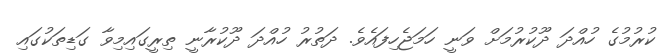
ކުރުމުގެ ހުއްދަ ދޫކުރުމަށް ވަނީ ހަމަޖެހިފައެވެ. ދަތުރު ހުއްދަ ދޫކުރާނީ ތިރީގައިމިވާ ގަޑިތަކުގައި